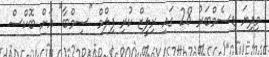
މިދިޔަ ޑިސެމްބަރު 28 ގައި ރިލީޒް ކުރި ފިލްމް "ސިމްބާ" އަށް ބޮކްސް